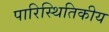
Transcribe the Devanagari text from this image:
पारिस्‍थितिकीय